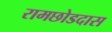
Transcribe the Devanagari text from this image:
रामछोडदास